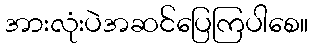
အားလုံးပဲအဆင်ပြေကြပါစေ။